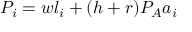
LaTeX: P _ { i } = w l _ { i } + ( h + r ) P _ { A } a _ { i }